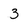
Character: 3